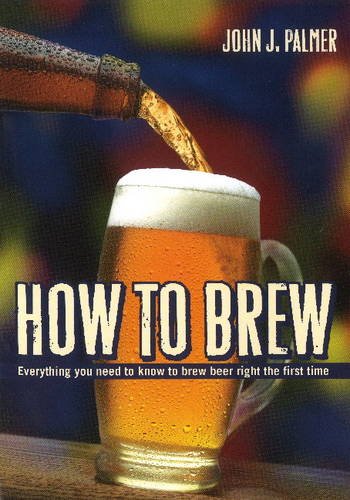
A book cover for How to Brew: Everything You Need To Know To Brew Beer Right The First Time; John J. Palmer; Cookbooks, Food & Wine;